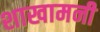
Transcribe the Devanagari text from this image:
शाखामनी